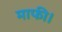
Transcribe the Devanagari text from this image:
माफी।